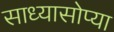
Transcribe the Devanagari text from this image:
साध्यासोप्या